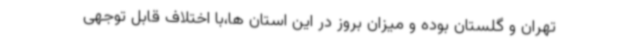
تهران و گلستان بوده و میزان بروز در این استان ها،با اختلاف قابل توجهی